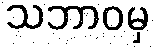
သဘာဝမှ